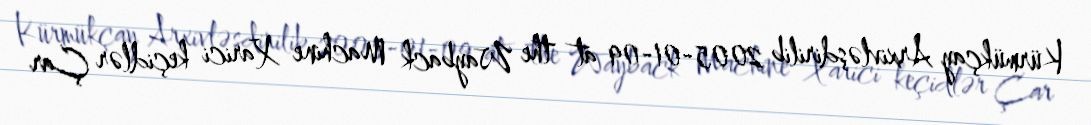
Kürmükçay Arxivləşdirilib 2005-01-09 at the Wayback Machine Xarici keçidlər Çar